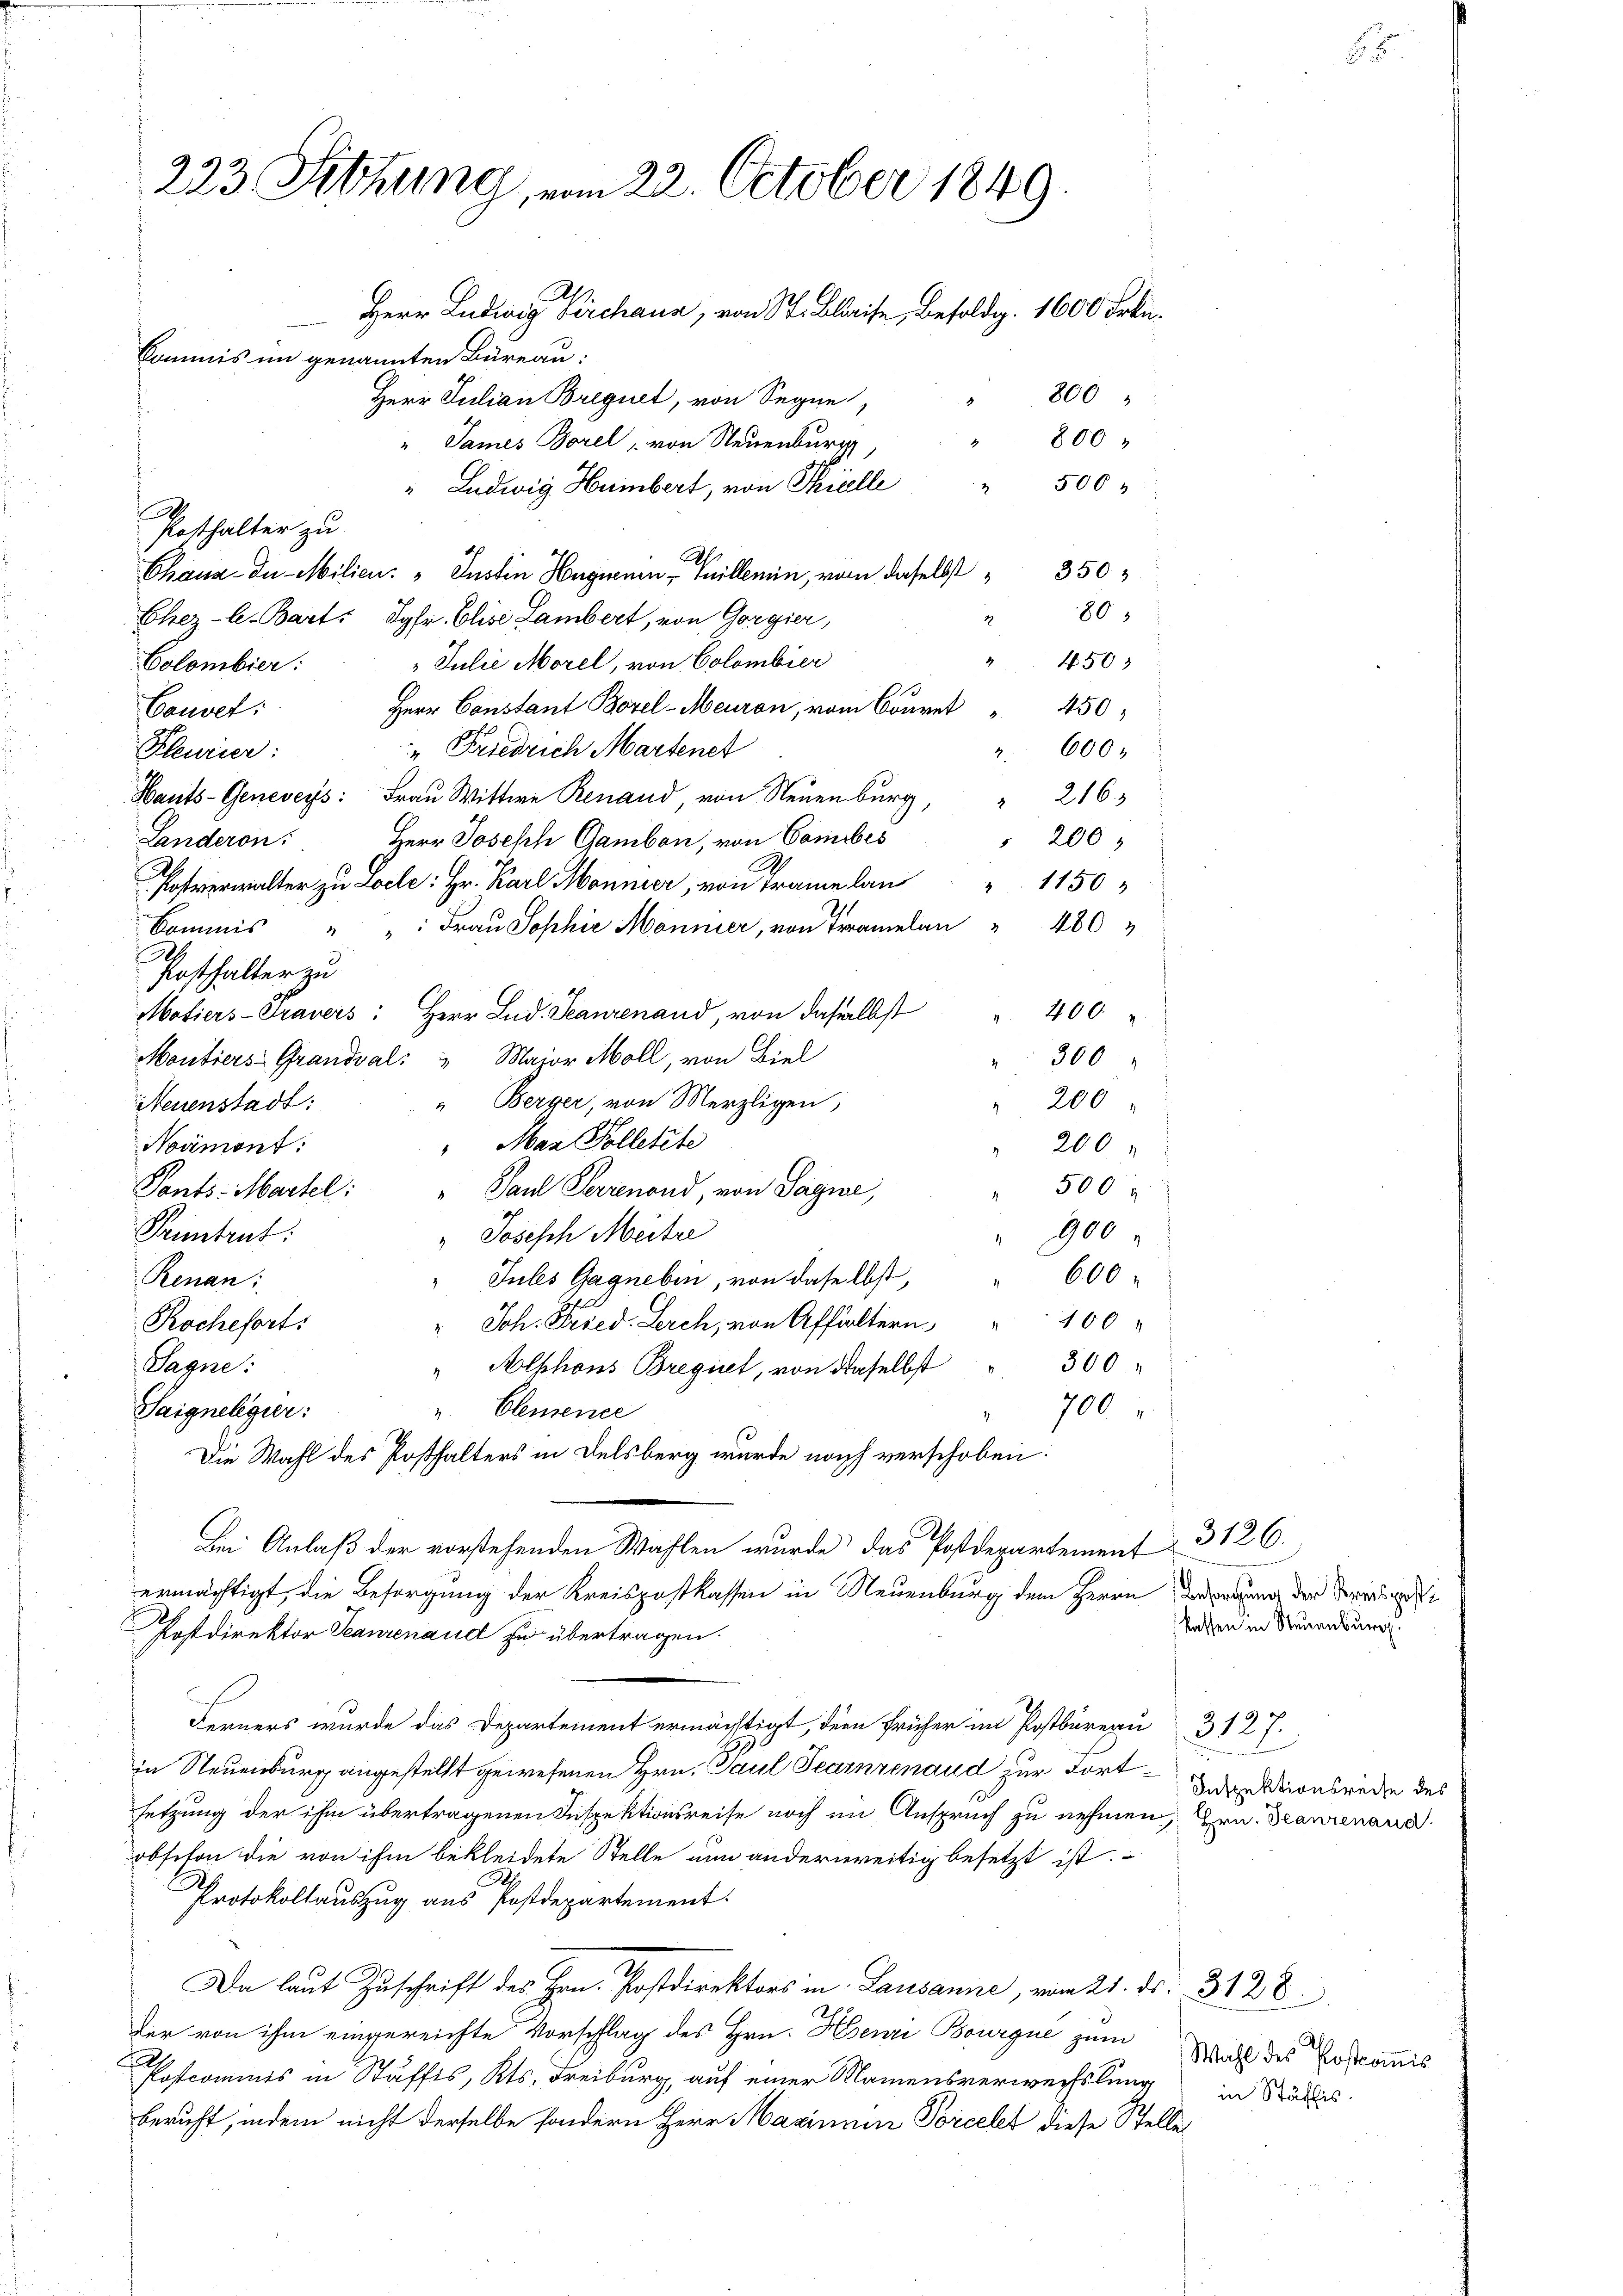
223 Sitzung, vom 22. October 1849.
Herr Ludwig Kirchaus, von St. Blaise, Besoldg. 1600 Frkn.
Commis im genannten Büreau:
800
Herr Julian Bregnet, von Segne

" James Borel, von Neuenburg
" Ludwig Humbert, von Stielle " 500 "
.
Posthalter zu
h
350;
Chaux- Iu- Milien: " Justin Hugnenen - Guillemin, von daselbst
80
Ehez-C. Bart: Jgfr. Elise Lambert, von Gorgier,
4503
" Julie Morel, von Colombier
Colombier:
13
Herr Constant Borel-Meuron, vom Conret
450
Cauvet:
Friedrich Martenet
Kleurier:
" 600.
Hants-Geneveys: Frau Wittwe Renaud von Neuenburg,
 2163
Landeron:
Herr Joseph Gambon, von Comibes
 200
Postverwalter zu Loile: Hr. Karl Monnier, von Tramelau " 1150
kommis " " Frau Sophie Mönnier, von Tramelon " 480
90
Posthalter zu
400
Matiers-Travers: Herr Lud. Teaurenand, von daselbst
Montiers Grandval: " Major Moll, von Biel
300
“ Berger, von Merzligen;
Neuenstadt:
 200
"Mar Pollette
Noamont:
200
500
Paul Verrenond, von Sagne,
Ponts- Martel:
900
Pruntrut:
" Joseph Meitre
"Jules Gagneben, von daselbst, 600
Renan:
Joh. Fried. Lerch, von Affoltern 100
Rochefort:
.
300
Sagne:
" Alphons Bregiret, von daselbst
Saigneligier:
v. Clemence
 700
Die Wahl des Posthalters in Delsberg wurde nach verschoben.
Bei Anlaß der vorstehenden Wahlen wurde das Postdepartement
ermächtigt, die Besorgung der Kreispostkassen in Neuenburg dem Herrn Bewegung der Tradi
Postdirektor Peaurenaud zu übertragen.
Ferners wurde das Departement ermächtigt, der früher im Postbüreau
in Neuenburg angestellt gewesenen Hrn. Paul Peainzenaud zur Fortsetzung der ihm übertragenen Inspektionsreise noch im Anspruch zu nehmen, Hrn. Danienaud
obsiton die von ihm bekleidete Stelle nun anderweitig besetzt ist.
A
Protokollauszug aus Postdepartement.
Da laut Zuschrift des Hrn. Postdirektors in Lausanne, vom 21. ds. 3128.
der von ihm eingereichte Vorschlag des Hrn. Henri Bourque zum
Postcommis in Stäffis, Kts. Freiburg, auf einer Mamensverwechslung
beruht, indem nicht derselbe sondern Herr Maximum Porceles diese Stelle

800

3126.
kassen in Steuenburg.

3127
Inspektionsreise des

Wahl des Poscomis
in Stäffis.